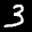
Label: 3